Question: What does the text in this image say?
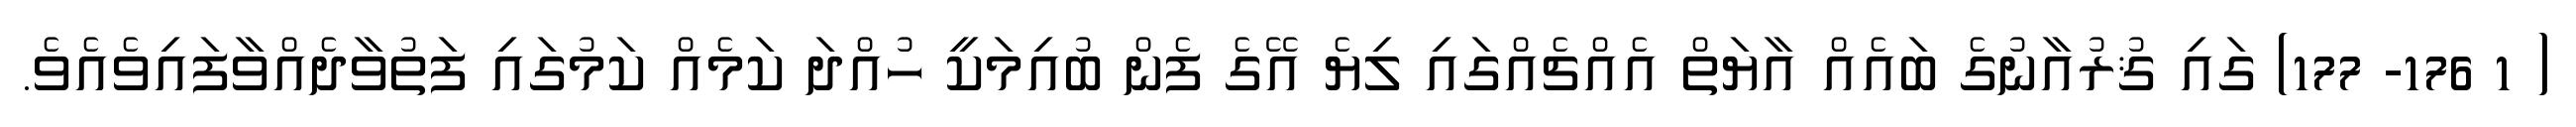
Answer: ( 1 176- 177) ގައި ޤުރުއާނުގެ ބައެއް އާޔަތް އެއްޗެއްގައި ލިޔެ އޭގެ ފެން ބުއިމަކީ ހުއްދަ ކަމެއް ކަމުގައި ފަތުވާދެއްވާފައިވެއެވެ.